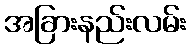
အခြားနည်းလမ်း